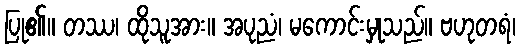
ပြု၏။ တဿ၊ ထိုသူအား။ အပုညံ၊ မကောင်းမှုသည်။ ဗဟုတရံ၊